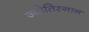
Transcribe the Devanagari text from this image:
ज्योतिस्नान